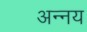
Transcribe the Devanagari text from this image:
अन्‍नय